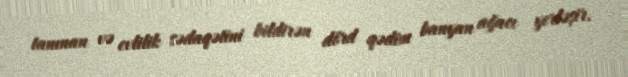
tanınan və evlilik sədaqətini bildirən dörd qədim banyan ağacı yerləşir.